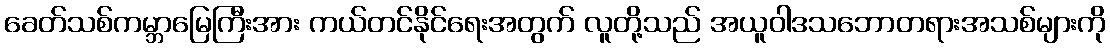
ခေတ်သစ်ကမ္ဘာမြေကြီးအား ကယ်တင်နိုင်ရေးအတွက် လူတို့သည် အယူဝါဒသဘောတရားအသစ်များကို